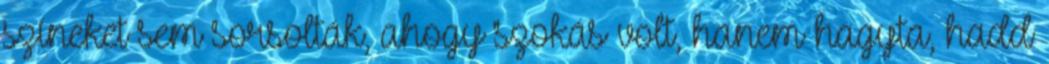
színeket sem sorsolták, ahogy szokás volt, hanem hagyta, hadd